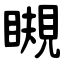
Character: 瞡